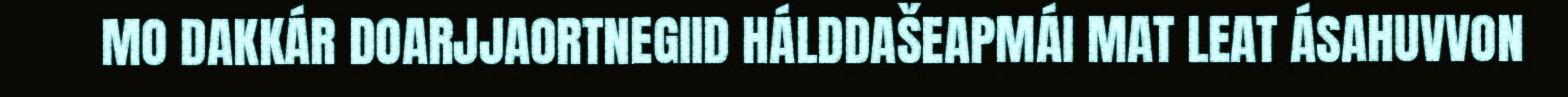
MO DAKKÁR DOARJJAORTNEGIID HÁLDDAŠEAPMÁI MAT LEAT ÁSAHUVVON